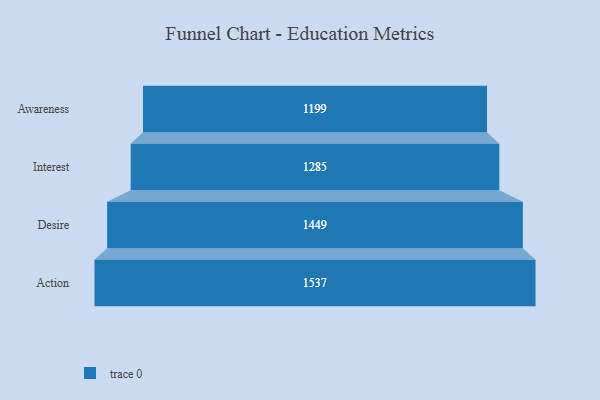
{"axis": {"x": "Stage", "y": "Value"}, "legend": [""], "data": [{"x": "Awareness", "y": 1199.0, "type": ""}, {"x": "Interest", "y": 1285.0, "type": ""}, {"x": "Desire", "y": 1449.0, "type": ""}, {"x": "Action", "y": 1537.0, "type": ""}]}